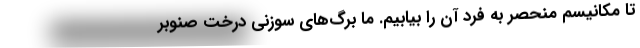
تا مکانیسم منحصر به فرد آن را بیابیم. ما برگ‌های سوزنی درخت صنوبر